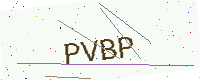
Text: PVBP